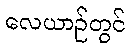
လေယာဉ်တွင်